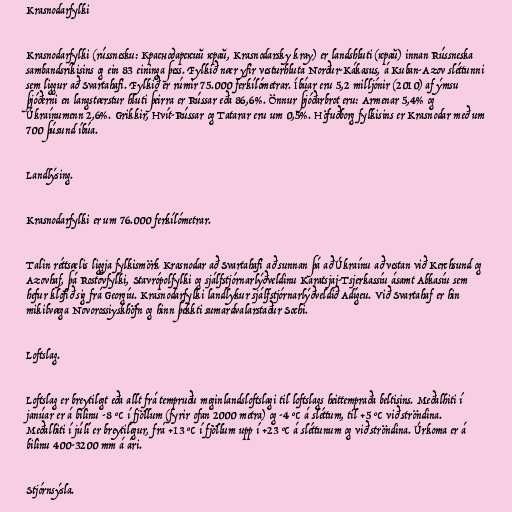
Krasnodarfylki

Krasnodarfylki (rússnesku: Краснодарский край, Krasnodarsky kray) er landshluti (край) innan Rússneska
sambandsríkisins og ein 83 eininga þess. Fylkið nær yfir vesturhluta Norður-Kákasus, á Kuban-Azov sléttunni
sem liggur að Svartahafi. Fylkið er rúmir 75.000 ferkílómetrar. Íbúar eru 5,2 milljónir (2010) af ýmsu
þjóðerni en langstærstur hluti þeirra er Rússar eða 86,6%. Önnur þjóðarbrot eru: Armenar 5,4% og
Úkraínumenn 2,6%. Grikkir, Hvít-Rússar og Tatarar eru um 0,5%. Höfuðborg fylkisins er Krasnodar með um
700 þúsund íbúa.

Landlýsing.

Krasnodarfylki er um 76.000 ferkílómetrar.

Talin réttsælis liggja fylkismörk Krasnodar að Svartahafi að sunnan þá að Úkraínu að vestan við Kerchsund og
Azovhaf, þá Rostovfylki, Stavrópolfylki og sjálfstjórnarlýðveldinu Karatsjaj-Tsjerkassíu ásamt Abkasíu sem
hefur klofið sig frá Georgíu. Krasnodarfylki landlykur sjálfstjórnarlýðveldið Adígeu. Við Svartahaf er hin
mikilvæga Novorossiyskhöfn og hinn þekkti sumardvalarstaður Sochi.

Loftslag.

Loftslag er breytilegt eða allt frá tempruðu meginlandsloftslagi til loftslags heittempraða beltisins. Meðalhiti í
janúar er á bilinu -8 °C í fjöllum (fyrir ofan 2000 metra) og -4 °C á sléttum, til +5 °C við ströndina.
Meðalhiti í júlí er breytilegur, frá +13 °C í fjöllum upp í +23 °C á sléttunum og við ströndina. Úrkoma er á
bilinu 400-3200 mm á ári.

Stjórnsýsla.